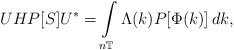
LaTeX: \begin{align*}UH P[S]U^* = \int\limits_{n\mathbb T} \Lambda(k) P[\Phi(k)]\, dk,\end{align*}